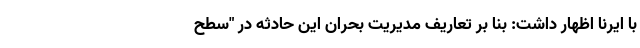
با ایرنا اظهار داشت: بنا بر تعاریف مدیریت بحران این حادثه در "سطح